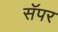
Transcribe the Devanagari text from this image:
सॅपर